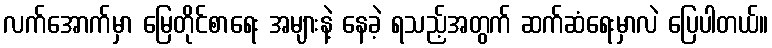
လက်အောက်မှာ မြေတိုင်စာရေး အများနဲ့ နေခဲ့ ရသည့်အတွက် ဆက်ဆံရေးမှာလဲ ပြေပါတယ်။